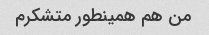
من هم همینطور متشکرم